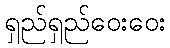
ရှည်ရှည်ဝေးဝေး